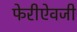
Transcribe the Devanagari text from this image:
फेरीऐवजी